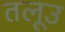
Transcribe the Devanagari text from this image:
तलूउ